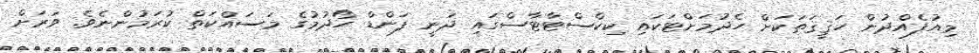
މިއުފެއްދުން ހަޤީޤަތަކަށް ހެދުމަށްޓަކައި ކިކްސްޓާޓާސްގައި ދަނީ ފަންޑް ހޯދުމުގެ މަސައްކަތް ކުރަމުންނެވެ. ވަރަށް